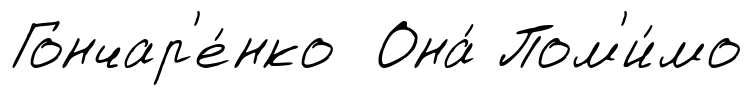
Гончар'е́нко Она́ Пом'и́мо